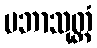
ပဘာသုတ္တံ